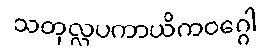
သတုလ္လပကာယိကဝဂ္ဂေါ